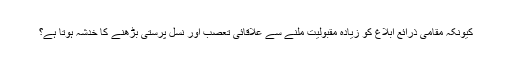
کیونکہ مقامی ذرائع ابلاغ کو زیادہ مقبولیت ملنے سے علاقائی تعصب اور نسل پرستی بڑھنے کا خدشہ ہوتا ہے؟